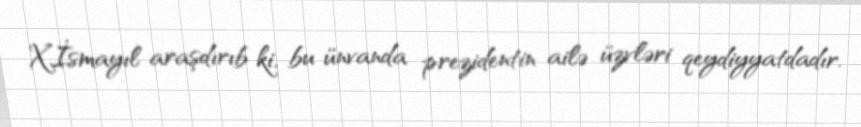
X.İsmayıl araşdırıb ki, bu ünvanda prezidentin ailə üzvləri qeydiyyatdadır.